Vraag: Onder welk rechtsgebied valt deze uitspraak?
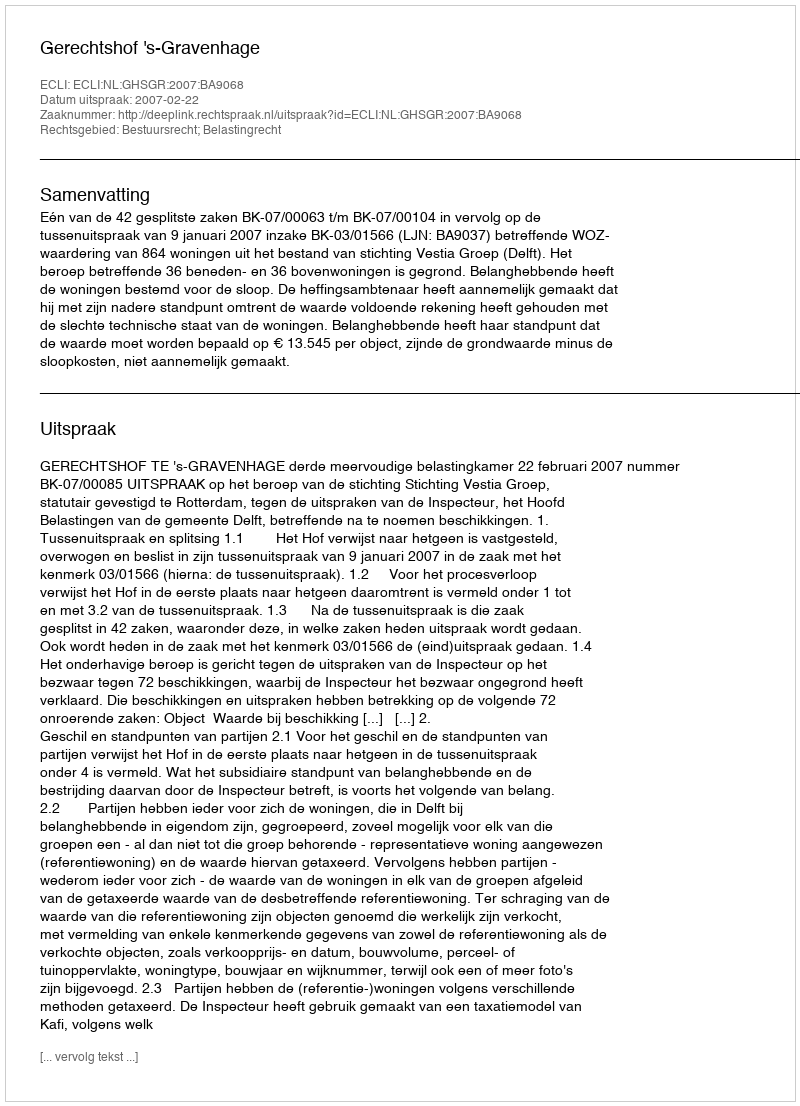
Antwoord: Bestuursrecht; Belastingrecht